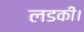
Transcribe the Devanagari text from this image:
लडकी।